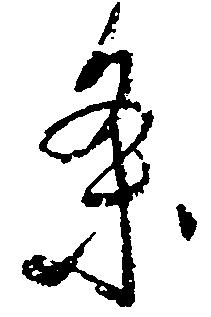
条